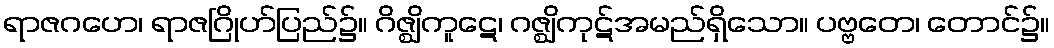
ရာဇဂဟေ၊ ရာဇဂြိုဟ်ပြည်၌။ ဂိဇ္ဈိကူဋေ၊ ဂဇ္ဈိကုဋ်အမည်ရှိသော။ ပဗ္ဗတေ၊ တောင်၌။